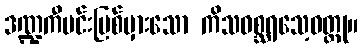
ဒဏ္ဍကီမင်းပြစ်မှားသော ကိသဝစ္ဆရသေ့ဝတ္ထု။